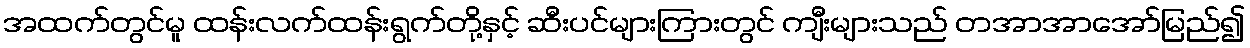
အထက်တွင်မူ ထန်းလက်ထန်းရွက်တို့နှင့် ဆီးပင်များကြားတွင် ကျီးများသည် တအာအာအော်မြည်၍